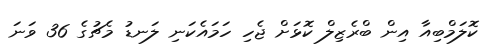
ކޮލަމްބިއާ އިން ބްރެޒިލް ކޮޅަށް ޖެހި ހަމައެކަނި ލަނޑު މެޗުގެ 36 ވަނަ